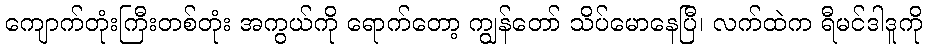
ကျောက်တုံးကြီးတစ်တုံး အကွယ်ကို ရောက်တော့ ကျွန်တော် သိပ်မောနေပြီ၊ လက်ထဲက ရီမင်ဒါဒူကို